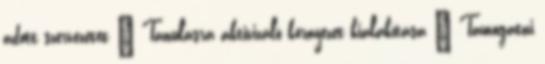
adott szervezetet  Tanulásra aktivizáló környezet kialakítása  Támogatni